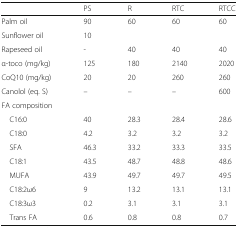
|  | PS | R | RTC | RTCC |
 | --- | --- | --- | --- | --- |
 | Palm oil | 90 | 60 | 60 | 60 |
 | Sunflower oil | 10 |  |  |  |
 | Rapeseed oil | - | 40 | 40 | 40 |
 | α-toco (mg/kg) | 125 | 180 | 2140 | 2020 |
 | CoQ10 (mg/kg) | 20 | 20 | 260 | 260 |
 | Canolol (eq. S) | – | – | – | 600 |
 | FA composition |  |  |  |  |
 | C16:0 | 40 | 28.3 | 28.4 | 28.6 |
 | C18:0 | 4.2 | 3.2 | 3.2 | 3.2 |
 | SFA | 46.3 | 33.2 | 33.3 | 33.5 |
 | C18:1 | 43.5 | 48.7 | 48.8 | 48.6 |
 | MUFA | 43.9 | 49.7 | 49.7 | 49.5 |
 | C18:2ω6 | 9 | 13.2 | 13.1 | 13.1 |
 | C18:3ω3 | 0.2 | 3.1 | 3.1 | 3.1 |
 | Trans FA | 0.6 | 0.8 | 0.8 | 0.7 |